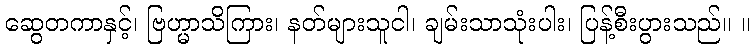
ဆွေတကာနှင့်၊ ဗြဟ္မာသိကြား၊ နတ်များသူငါ၊ ချမ်းသာသုံးပါး၊ ပြန့်စီးပွားသည်။ ။